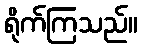
ရိုက်ကြသည်။